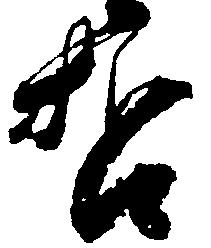
哲